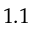
1 . 1